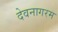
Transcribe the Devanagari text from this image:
देवनागरम